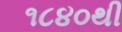
૧૮૪૦થી